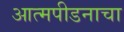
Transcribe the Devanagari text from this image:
आत्मपीडनाचा